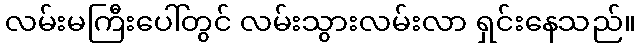
လမ်းမကြီးပေါ်တွင် လမ်းသွားလမ်းလာ ရှင်းနေသည်။